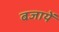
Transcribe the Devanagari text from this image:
बजायें